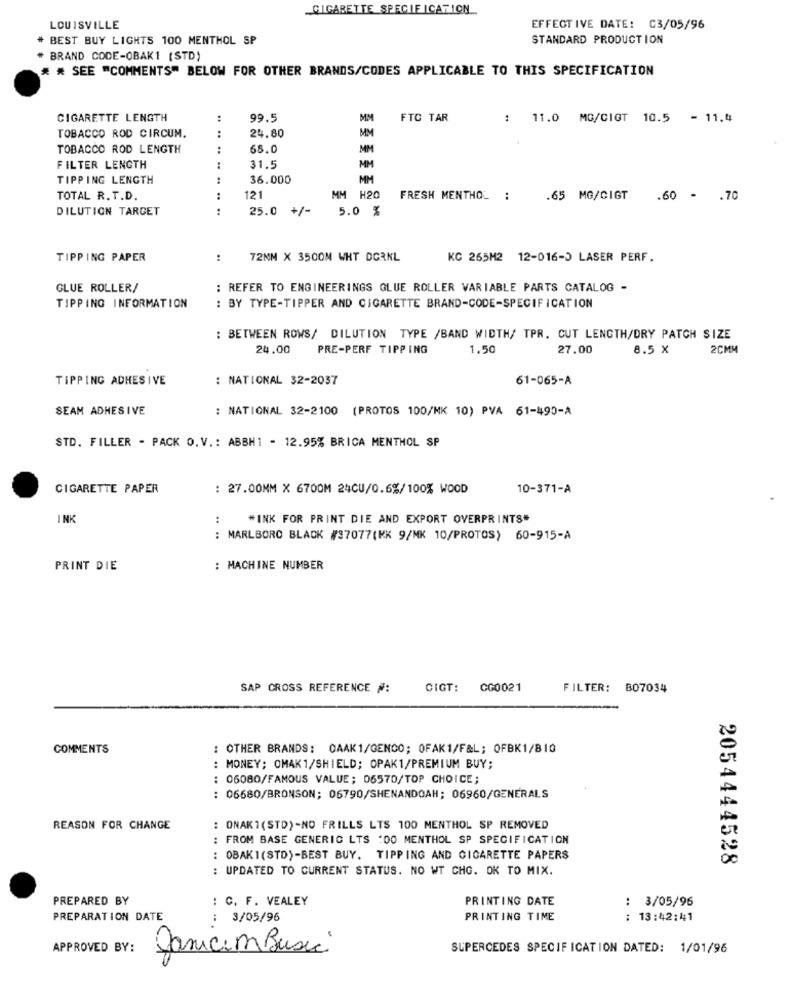
CIGARETTE SPECIFICATION
LOUISVILLE
EFFECTIVE DATE: C3/05/96
BEST BUY LIGHTS 100 MENTHOL SP
STANDARD PRODUCTION
BRAND CODE-OBAK1 (STD)
* * SEE "COMMENTS" BELOW FOR OTHER BRANDS/CODES APPLICABLE TO THIS SPECIFICATION
CIGARETTE LENGTH
:
99.5
MM
FTC TAR
: 11.0 MG/CIGT 10.5 = 11.4
:
24.80
TOBACCO ROD CIRCUM.
MM
TOBACCO ROD LENGTH
:
65.0
MM
FILTER LENGTH
31.5
TIPPING LENGTH
36.000
MM
TOTAL R.T.D.
121
MM H20
FRESH MENTHOL
.65 MG/CIGT .60 - . 70
DILUTION TARGET
:
.. .
25.0 +/-
5.0 %
TIPP ING PAPER
:
72MM X 3500M WHT DGRNL
KC 265M2 12-016-0 LASER PERF.
GLUE ROLLER/
: REFER TO ENGINEERINGS GLUE ROLLER VARIABLE PARTS CATALOG -
TIPPING INFORMATION
: BY TYPE-TIPPER AND CIGARETTE BRAND-CODE-SPECIFICATION
: BETWEEN ROWS/ DILUTION TYPE /BAND WIDTH/ TPR. CUT LENGTH/DRY PATCH SIZE
24.00
PRE-PERF TIPP ING
1.50
27.00
8.5 X
2CMM
TIPPING ADHESIVE
: NATIONAL 32-2037
61-065-A
SEAM ADHESIVE
: NATIONAL 32-2100 (PROTOS 100/MK 10) PVA 61-490-A
STD. FILLER - PACK O.V .: ABBHI - 12.95% BRICA MENTHOL SP
CIGARETTE PAPER
: 27.00MM X 6700M 24CU/0.6%/100% WOOD
10-371-A
INK
:
"INK FOR PRINT DIE AND EXPORT OVERPRINTS"
: MARLBORO BLACK #37077(KK 9/MK 10/PROTOS) 60-915-A
PRINT DIE
: MACHINE NUMBER
SAP CROSS REFERENCE #:
CIGT:
CG0021
FILTER: B07034
COMMENTS
: OTHER BRANDS: CAAK1/GENCO; OFAK1/F&L; OFBK1/BIG
: MONEY; OMAK1/SHIELD; OPAK1/PREMIUM BUY;
: 06080/FAMOUS VALUE; 06570/TOP CHOICE;
: 06680/BRONSON; 06790/SHENANDOAH; 06960/GENERALS
REASON FOR CHANGE
: ONAK 7 ( STD) -NO FRILLS LTS 100 MENTHOL SP REMOVED
: FROM BASE GENERIC LTS :00 MENTHOL SP SPECIFICATION
: OBAK1(STD)-BEST BUY. TIPPING AND CIGARETTE PAPERS
2054444528
: UPDATED TO CURRENT STATUS. NO WT CHG. OK TO MIX.
PREPARED BY
: C. F. VEALEY
PRINTING DATE
: 3/05/96
PREPARATION DATE
: 3/05/96
PRINTING TIME
: 13:42:41
APPROVED BY:
SUPERCEDES SPECIFICATION DATED: 1/01/96
Janicem Basic